Problem: 1 + 39 = ?
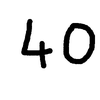
Handwritten answer: 40